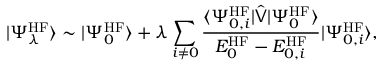
| \Psi _ { \lambda } ^ { \mathrm { H F } } \rangle \sim | \Psi _ { 0 } ^ { \mathrm { H F } } \rangle + \lambda \sum _ { i \neq 0 } \frac { \langle \Psi _ { 0 , i } ^ { \mathrm { H F } } | \hat { \mathsf { V } } | \Psi _ { 0 } ^ { \mathrm { H F } } \rangle } { E _ { 0 } ^ { \mathrm { H F } } - E _ { 0 , i } ^ { \mathrm { H F } } } | \Psi _ { 0 , i } ^ { \mathrm { H F } } \rangle ,